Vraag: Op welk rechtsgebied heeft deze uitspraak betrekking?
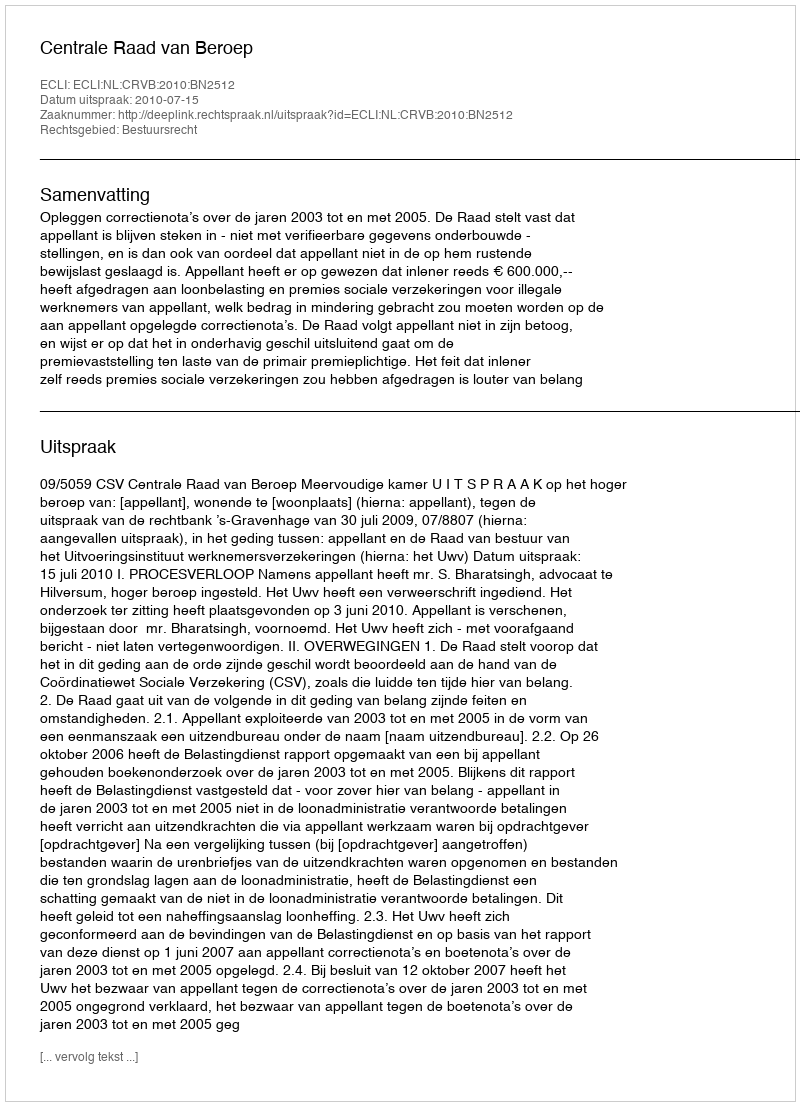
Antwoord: Bestuursrecht